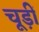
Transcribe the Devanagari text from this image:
चूड़ीं